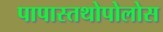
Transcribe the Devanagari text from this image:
पापास्तथोपोलोस